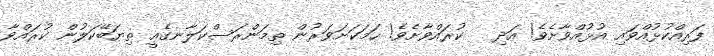
ފަރިއްކުޅުއްވައި އުޅުއްވާށެވެ! އަދި   ކުރައްވާށެވެ! ހަމަކަށަވަރުން ތިމަންރަސްކަލާނގެއީ ތިޔަބޭކަލުން ކުރައްވާ